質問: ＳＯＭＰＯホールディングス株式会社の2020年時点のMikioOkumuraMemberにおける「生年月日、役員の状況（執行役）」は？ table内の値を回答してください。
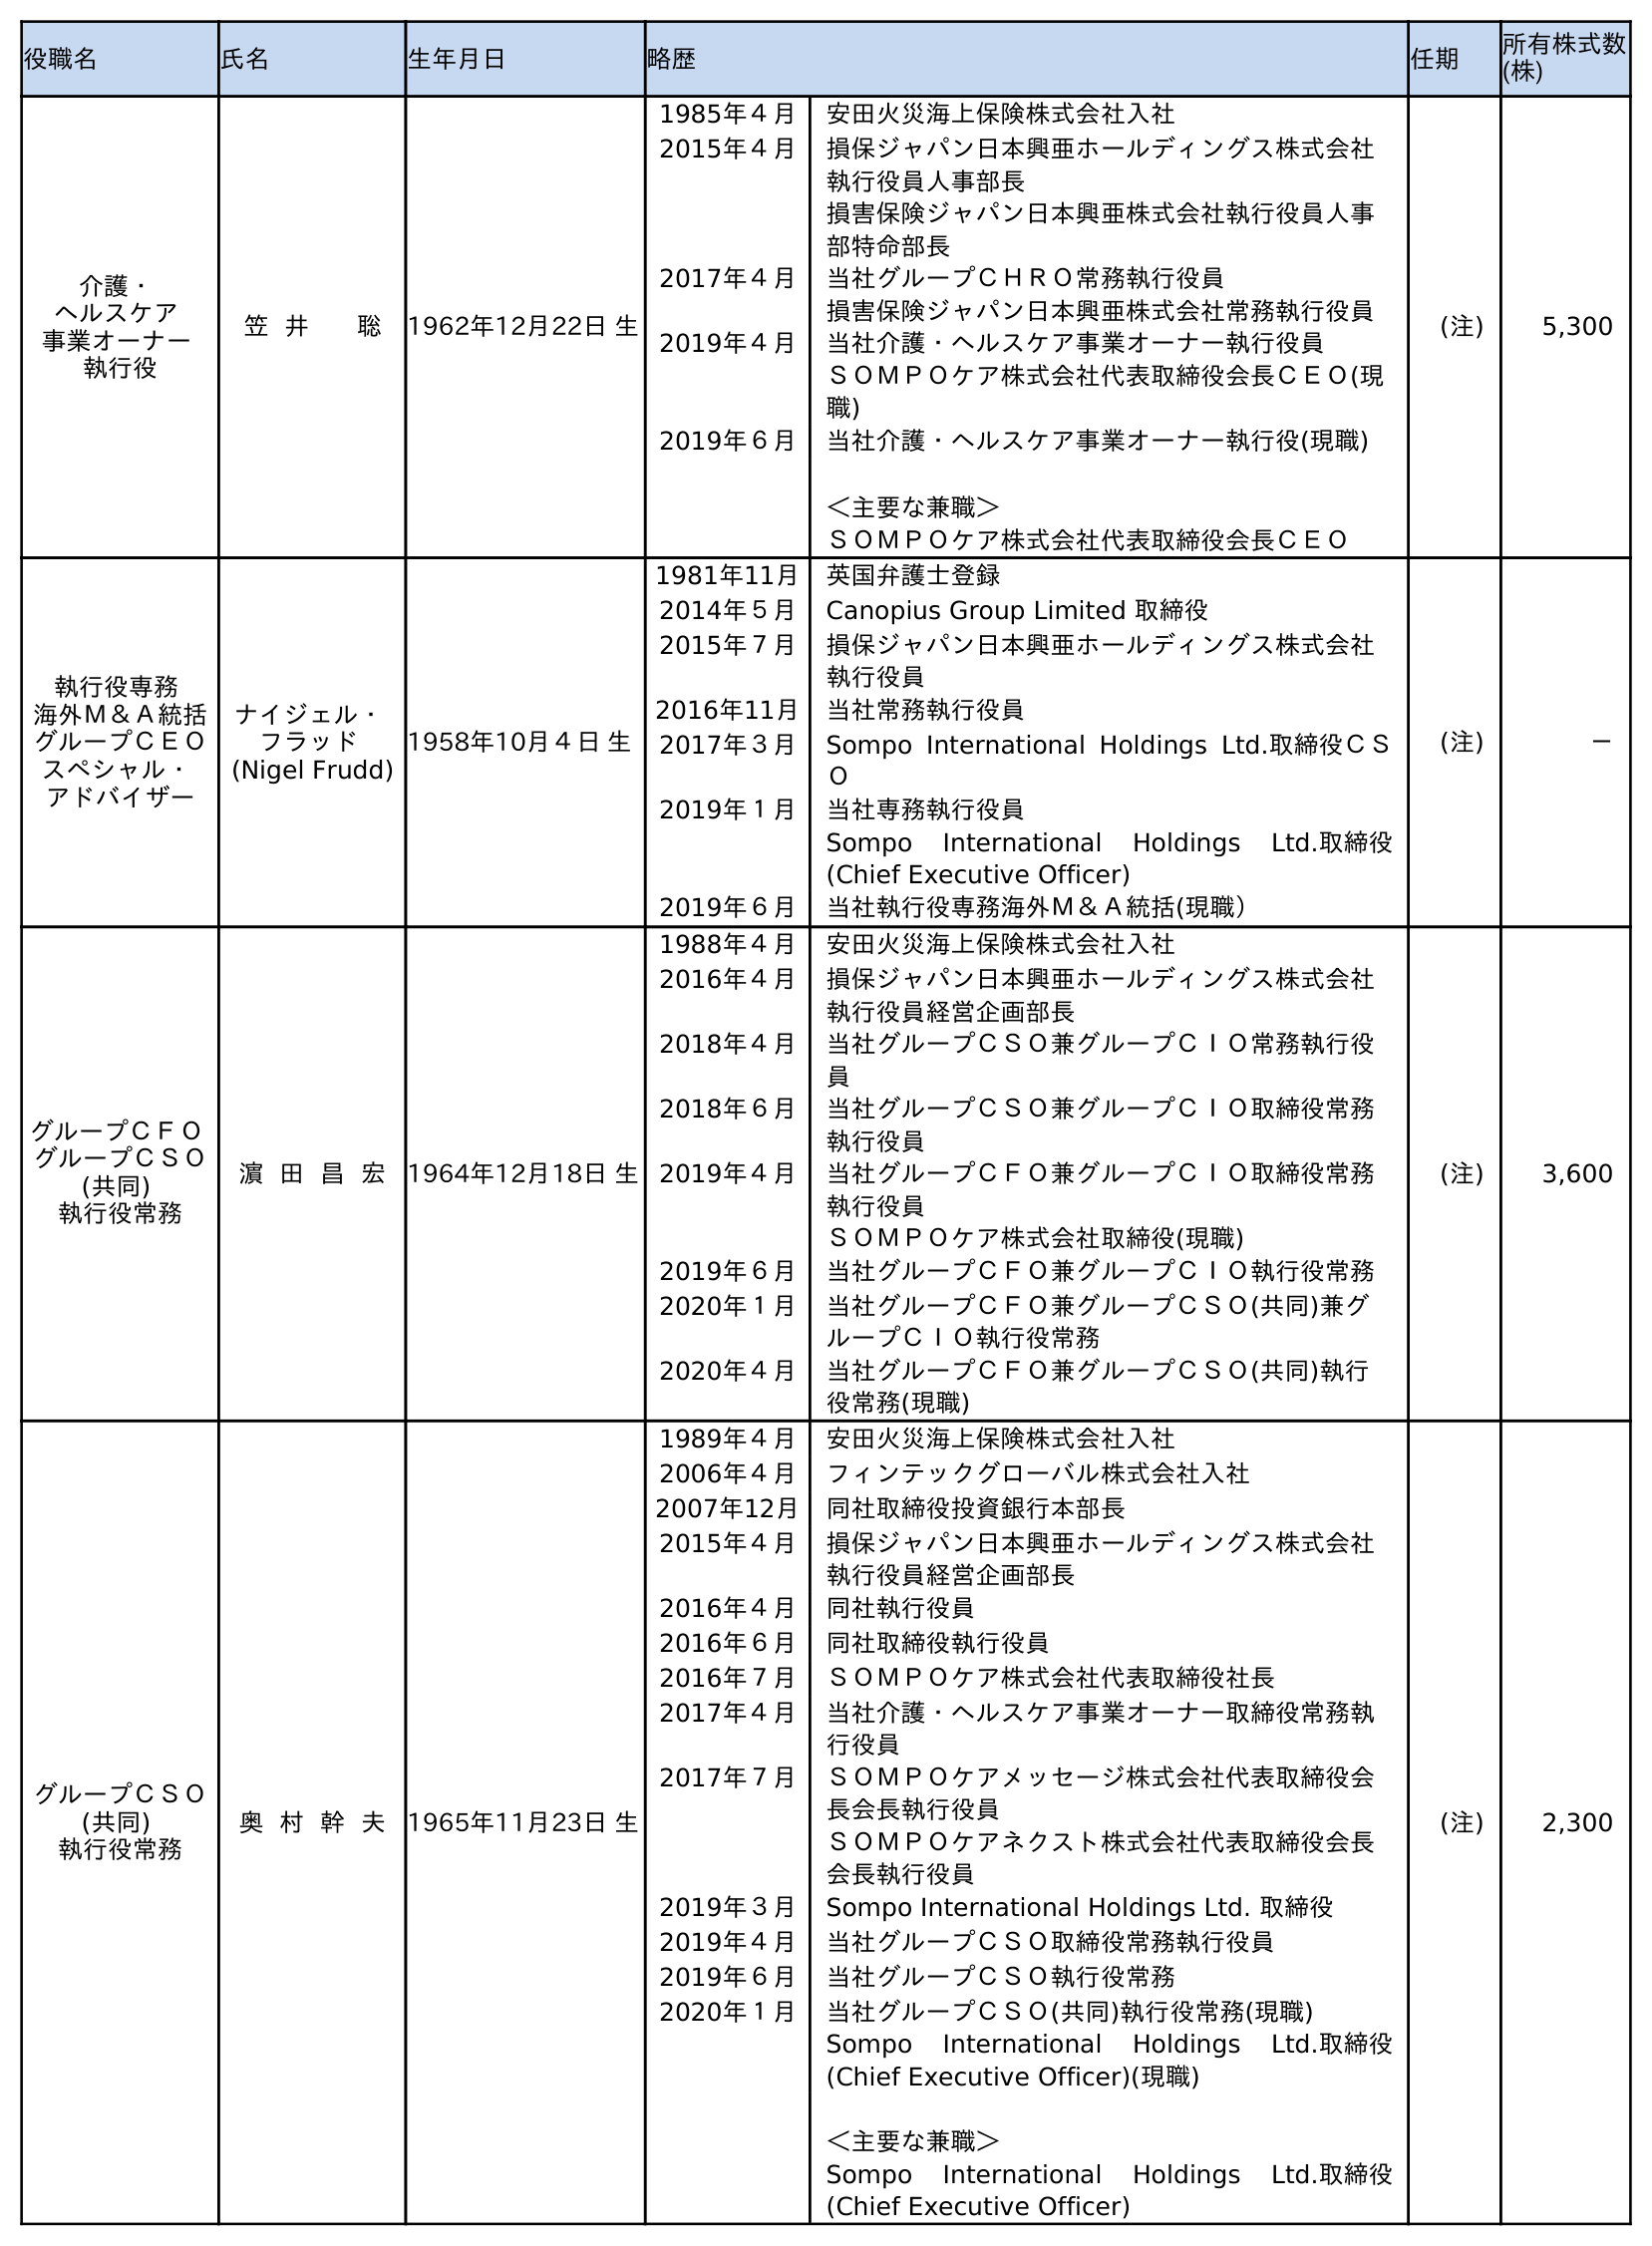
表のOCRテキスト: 役職名 氏名 生年月日 略歴 任期 所有株式数 (株) 介護・ ヘルスケア 事業オーナー 執行役 笠 井 聡 1962年12月22日 生 1985年４月 安田火災海上保険株式会社入社 2015年４月 損保ジャパン日本興亜ホールディングス株式会社 執行役員人事部長 損害保険ジャパン日本興亜株式会社執行役員人事 部特命部長 2017年４月 当社グループＣＨＲＯ常務執行役員 損害保険ジャパン日本興亜株式会社常務執行役員 2019年４月 当社介護・ヘルスケア事業オーナー執行役員 ＳＯＭＰＯケア株式会社代表取締役会長ＣＥＯ(現 職) 2019年６月 当社介護・ヘルスケア事業オーナー執行役(現職) ＜主要な兼職＞ ＳＯＭＰＯケア株式会社代表取締役会長ＣＥＯ (注) 5,300 執行役専務 海外Ｍ＆Ａ統括 グループＣＥＯ スペシャル・ アドバイザー ナイジェル・ フラッド (Nigel Frudd) 1958年10月４日 生 1981年11月 英国弁護士登録 2014年５月 Canopius Group Limited 取締役 2015年７月 損保ジャパン日本興亜ホールディングス株式会社 執行役員 2016年11月 当社常務執行役員 2017年３月 Sompo International Holdings Ltd.取締役ＣＳ Ｏ 2019年１月 当社専務執行役員 Sompo International Holdings Ltd.取締役 (Chief Executive Officer) 2019年６月 当社執行役専務海外Ｍ＆Ａ統括(現職） (注) － グループＣＦＯ グループＣＳＯ (共同) 執行役常務 濵 田 昌 宏 1964年12月18日 生 1988年４月 安田火災海上保険株式会社入社 2016年４月 損保ジャパン日本興亜ホールディングス株式会社 執行役員経営企画部長 2018年４月 当社グループＣＳＯ兼グループＣＩＯ常務執行役 員 2018年６月 当社グループＣＳＯ兼グループＣＩＯ取締役常務 執行役員 2019年４月 当社グループＣＦＯ兼グループＣＩＯ取締役常務 執行役員 ＳＯＭＰＯケア株式会社取締役(現職) 2019年６月 当社グループＣＦＯ兼グループＣＩＯ執行役常務 2020年１月 当社グループＣＦＯ兼グループＣＳＯ(共同)兼グ ループＣＩＯ執行役常務 2020年４月 当社グループＣＦＯ兼グループＣＳＯ(共同)執行 役常務(現職) (注) 3,600 グループＣＳＯ (共同) 執行役常務 奥 村 幹 夫 1965年11月23日 生 1989年４月 安田火災海上保険株式会社入社 2006年４月 フィンテックグローバル株式会社入社 2007年12月 同社取締役投資銀行本部長 2015年４月 損保ジャパン日本興亜ホールディングス株式会社 執行役員経営企画部長 2016年４月 同社執行役員 2016年６月 同社取締役執行役員 2016年７月 ＳＯＭＰＯケア株式会社代表取締役社長 2017年４月 当社介護・ヘルスケア事業オーナー取締役常務執 行役員 2017年７月 ＳＯＭＰＯケアメッセージ株式会社代表取締役会 長会長執行役員 ＳＯＭＰＯケアネクスト株式会社代表取締役会長 会長執行役員 2019年３月 Sompo International Holdings Ltd. 取締役 2019年４月 当社グループＣＳＯ取締役常務執行役員 2019年６月 当社グループＣＳＯ執行役常務 2020年１月 当社グループＣＳＯ(共同)執行役常務(現職) Sompo International Holdings Ltd.取締役 (Chief Executive Officer)(現職) ＜主要な兼職＞ Sompo International Holdings Ltd.取締役 (Chief Executive Officer) (注) 2,300
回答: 1965年11月23日生